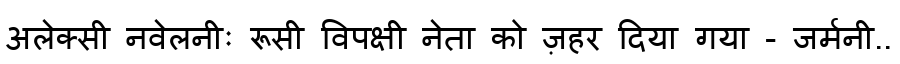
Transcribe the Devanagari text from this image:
अलेक्सी नवेलनीः रूसी विपक्षी नेता को ज़हर दिया गया - जर्मनी..